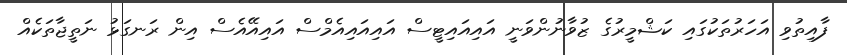
ފާއިތުވި އަހަރުތަކުގައި ކަޝްމީރުގެ ޒުވާނުންވަނީ އައިއައިޓީސް އައިއައިއެމްސް އައިއޭއެސް އިން ރަނގަޅު ނަތީޖާތަކެއް